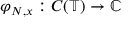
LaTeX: \varphi _ { N , x } : C ( \mathbb { T } ) \to \mathbb { C }